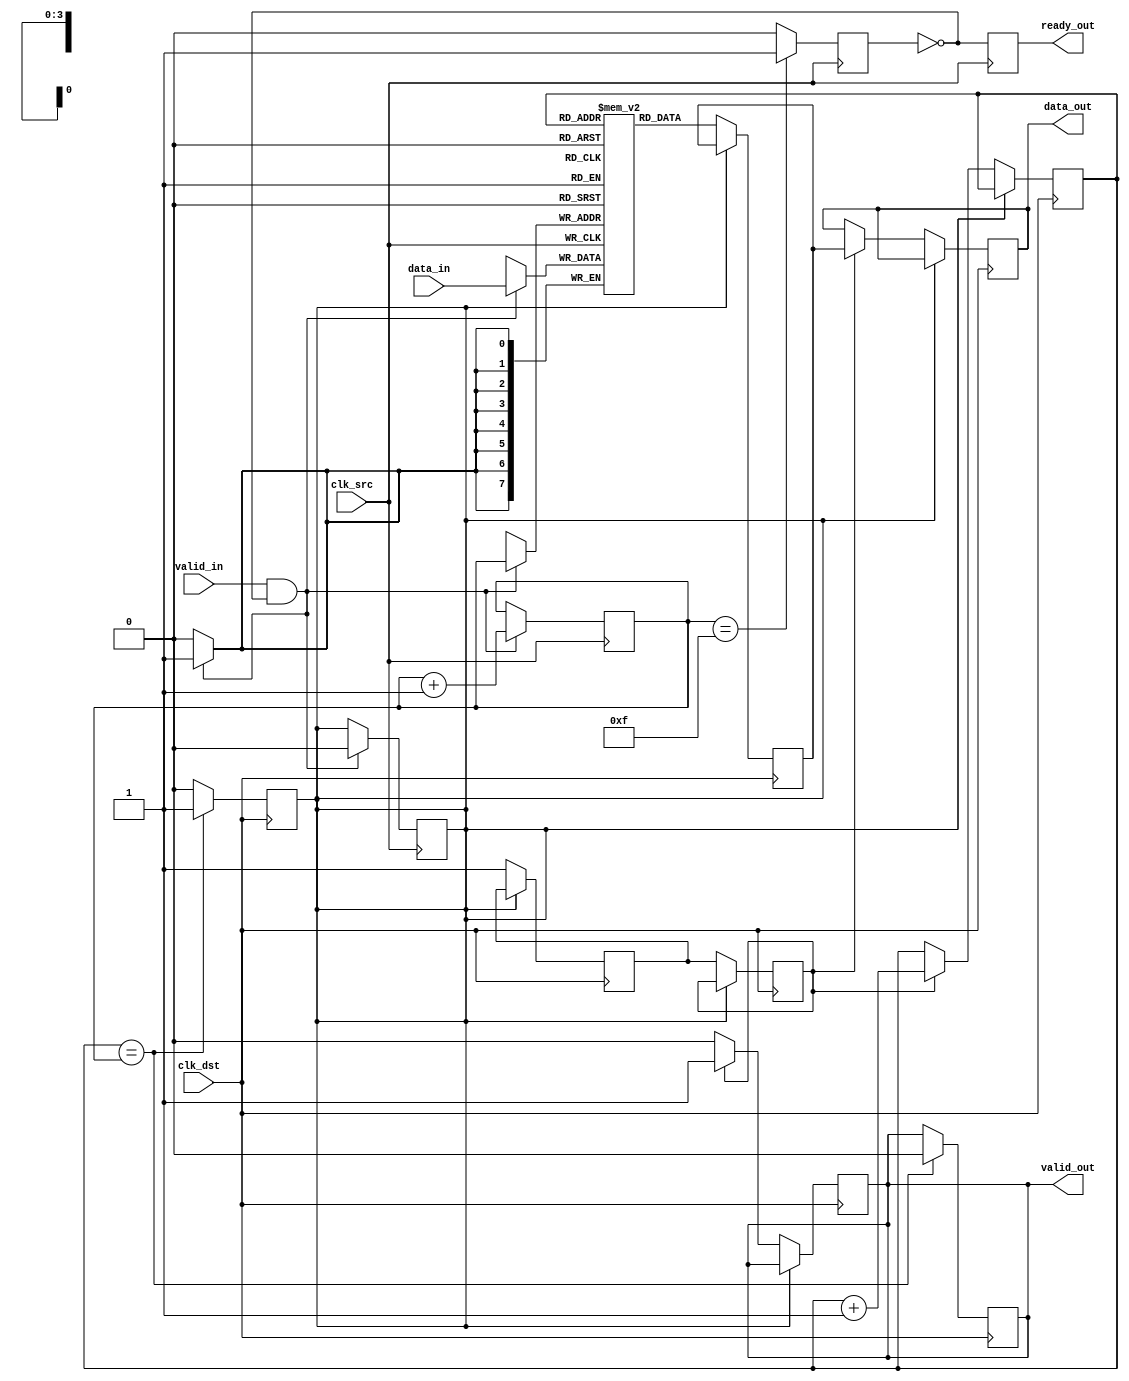
module burst_mode_synchronizer #(
    parameter DATA_WIDTH = 8,
    parameter FIFO_DEPTH = 16
)(
    input wire clk_src,               // Source clock
    input wire clk_dst,               // Destination clock
    input wire [DATA_WIDTH-1:0] data_in, // Data input from source clock domain
    input wire valid_in,              // Valid signal from source clock domain
    output reg ready_out,             // Ready signal to source clock domain
    output reg [DATA_WIDTH-1:0] data_out, // Data output to destination clock domain
    output reg valid_out              // Valid signal to destination clock domain
);

    // FIFO buffer
    reg [DATA_WIDTH-1:0] fifo [0:FIFO_DEPTH-1];
    reg [3:0] write_ptr, read_ptr;   // Write and read pointers
    reg fifo_full, fifo_empty;

    // Synchronization registers
    reg [DATA_WIDTH-1:0] sync_data;
    reg valid_sync_0, valid_sync_1;

    // Write data to FIFO in the source clock domain
    always @(posedge clk_src) begin
        if (valid_in && !fifo_full) begin
            fifo[write_ptr] <= data_in;
            write_ptr <= write_ptr + 1;
            fifo_empty <= 0; // FIFO is not empty anymore
        end
        ready_out <= !fifo_full; // Ready signal
    end

    // FIFO management
    always @(posedge clk_src) begin
        if (write_ptr == FIFO_DEPTH - 1)
            fifo_full <= 1; // FIFO is full
        else
            fifo_full <= 0;
    end

    // Synchronization logic in the destination clock domain
    always @(posedge clk_dst) begin
        if (!fifo_empty) begin
            // Synchronize data and valid signal
            sync_data <= fifo[read_ptr];
            valid_sync_0 <= 1'b1; // Assert valid signal
            valid_sync_1 <= valid_sync_0; // Second stage to mitigate metastability

            if (valid_sync_1) begin
                data_out <= sync_data; // Pass synchronized data
                valid_out <= 1'b1; // Assert valid output
                read_ptr <= read_ptr + 1; // Move read pointer
            end else begin
                valid_out <= 1'b0; // Deassert valid output
            end
        end
    end

    // Read FIFO in the destination clock domain
    always @(posedge clk_dst) begin
        if (read_ptr == write_ptr) begin
            fifo_empty <= 1; // FIFO is empty
            valid_out <= 1'b0; // Deassert valid output
        end else begin
            fifo_empty <= 0; // FIFO is not empty
        end
    end

endmodule